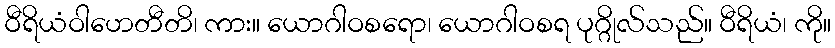
ဝီရိယံဝါဟေတီတိ၊ ကား။ ယောဂါဝစရော၊ ယောဂါဝစရ ပုဂ္ဂိုလ်သည်။ ဝီရိယံ၊ ကို။